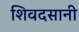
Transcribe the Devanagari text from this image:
शिवदसानी